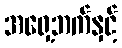
အရှေ့ဘက်နှင့်